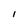
Character: I